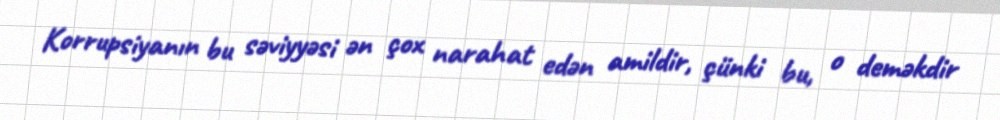
Korrupsiyanın bu səviyyəsi ən çox narahat edən amildir, çünki bu, o deməkdir